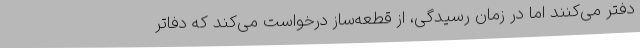
دفتر می‌کنند اما در زمان رسیدگی، از قطعه‌ساز درخواست می‌کند که دفاتر